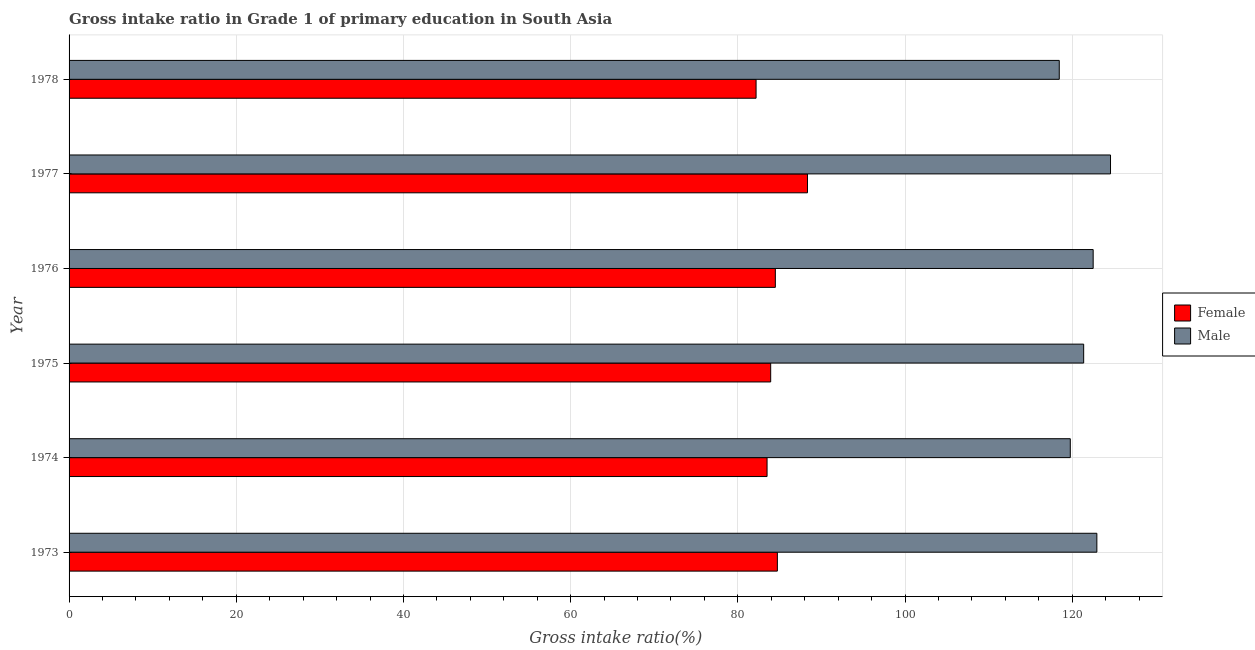
| Year | Female | Male |
 | --- | --- | --- |
 | 1973 | 84.7 | 123 |
 | 1974 | 83.5 | 120 |
 | 1975 | 83.9 | 121 |
 | 1976 | 84.5 | 123 |
 | 1977 | 88.3 | 125 |
 | 1978 | 82.2 | 118 |